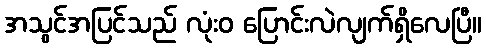
အသွင်အပြင်သည် လုံးဝ ပြောင်းလဲလျက်ရှိလေပြီ။